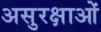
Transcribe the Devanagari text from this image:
असुरक्षाओं